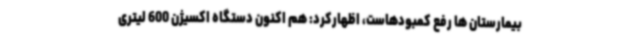
بیمارستان ها رفع کمبودهاست، اظهارکرد: هم اکنون دستگاه اکسیژن 600 لیتری